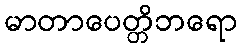
မာတာပေတ္တိဘရော